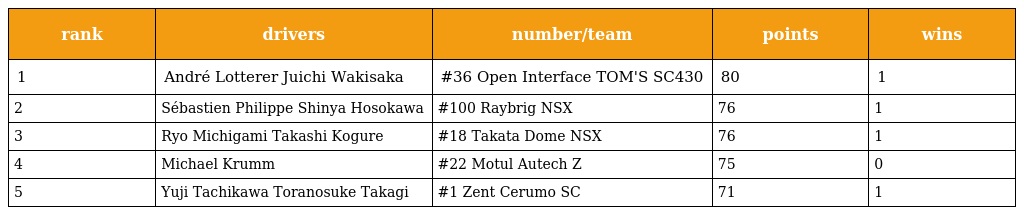
| rank | drivers | number/team | points | wins |
 | --- | --- | --- | --- | --- |
 | 1 | André Lotterer Juichi Wakisaka | #36 Open Interface TOM'S SC430 | 80 | 1 |
 | 2 | Sébastien Philippe Shinya Hosokawa | #100 Raybrig NSX | 76 | 1 |
 | 3 | Ryo Michigami Takashi Kogure | #18 Takata Dome NSX | 76 | 1 |
 | 4 | Michael Krumm | #22 Motul Autech Z | 75 | 0 |
 | 5 | Yuji Tachikawa Toranosuke Takagi | #1 Zent Cerumo SC | 71 | 1 |